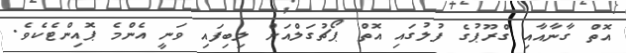
އޮތް ގާނާއާއި ގްރޫޕުގެ ފުލުގައި އޮތް ޕޯޗުގަލްއަށް ލިބިފައި ވަނީ އެންމެ ޕޮއިންޓެކެވެ.